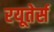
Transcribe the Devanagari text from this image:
रयूतेर्स